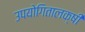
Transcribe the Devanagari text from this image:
उपयोगितालक्षी